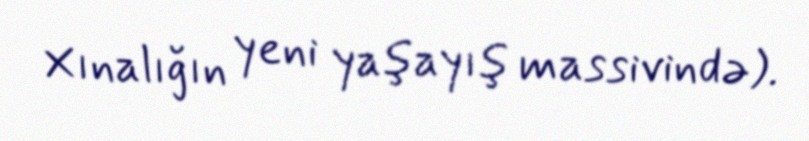
Xınalığın yeni yaşayış massivində).